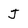
Character: J